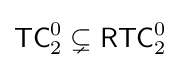
{\mathsf {TC}}_{2}^{0}\subsetneq {\mathsf {RTC}}_{2}^{0}